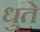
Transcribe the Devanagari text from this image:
धुते